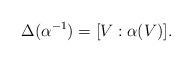
LaTeX: \begin{align*}\Delta(\alpha^{-1})=[V:\alpha(V)].\end{align*}